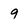
Character: 9